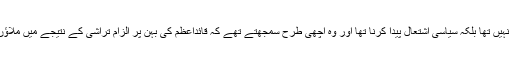
ان کا مقصد کسی مذہبی اصول کی ترویج نہیں تھا بلکہ سیاسی اشتعال پیدا کرنا تھا اور وہ اچھی طرح سمجھتے تھے کہ قائداعظم کی بہن پر الزام تراشی کے نتیجے میں ملاؤں کے خلاف شدید عوامی رد عمل آئے گا۔